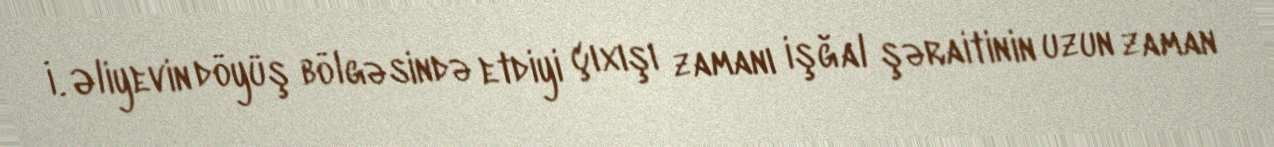
İ. Əliyevin döyüş bölgəsində etdiyi çıxışı zamanı işğal şəraitinin uzun zaman